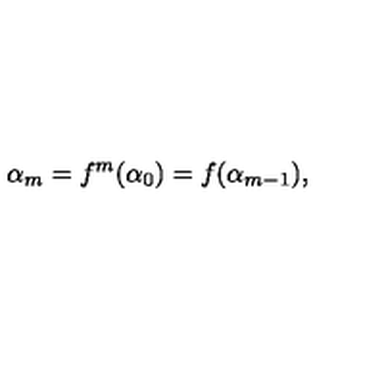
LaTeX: \alpha _ { m } = f ^ { m } ( \alpha _ { 0 } ) = f ( \alpha _ { m - 1 } ) ,